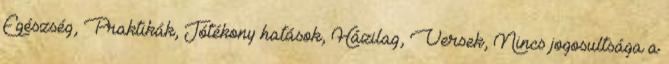
Egészség, Praktikák, Jótékony hatások, Házilag, Versek, Nincs jogosultsága a